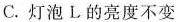
C.灯泡L的亮度不变